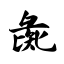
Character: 彘